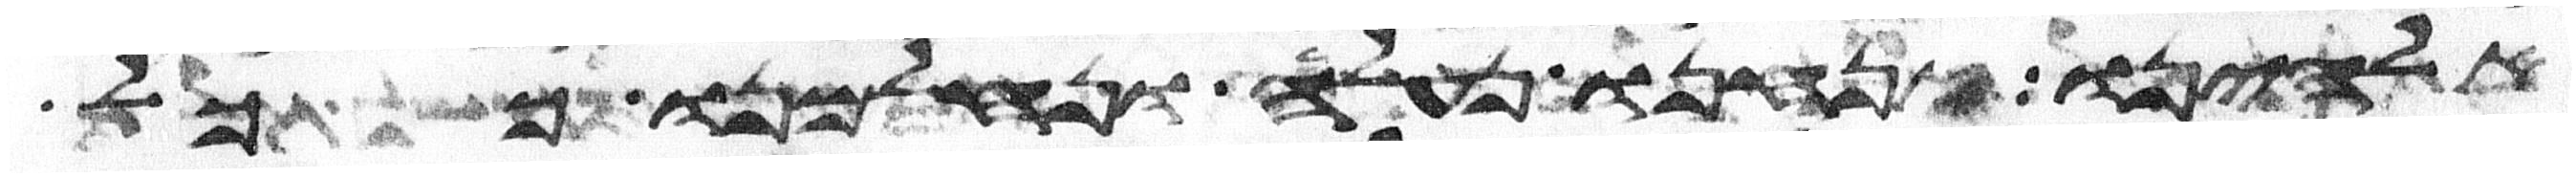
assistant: אלהינו אנחנו נעלה ונלחמנו ככל